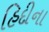
હિદીના